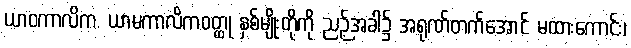
ယာဝကာလိက, ယာမကာလိကဝတ္ထု နှစ်မျိုးတို့ကို ညဉ့်အခါ၌ အရုဏ်တက်အောင် မထားကောင်း၊